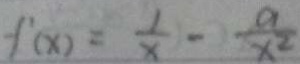
f ^ { \prime } ( x ) = \frac { 1 } { x } - \frac { a } { x ^ { 2 } }